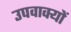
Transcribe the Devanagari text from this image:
उपवाक्यों